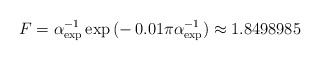
\begin{align*}F = \alpha_{\mathrm{exp}}^{-1}\exp{(-\,0.01\pi\alpha_{\mathrm{exp}}^{-1})} \approx 1.8498985 \end{align*}